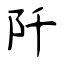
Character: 阡